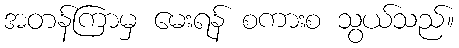
အတန်ကြာမှ မေးရန် စကားစ သွယ်သည်။